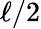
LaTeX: \ell/2